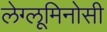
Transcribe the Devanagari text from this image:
लेग्लूमिनोसी